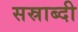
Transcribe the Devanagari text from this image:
सस्राब्दी